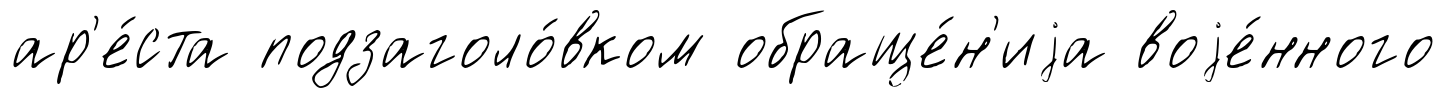
ар'е́ста подзаголо́вком обраще́н'иjа воjе́нного